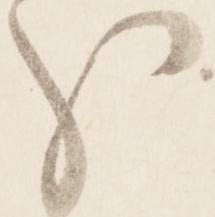
分